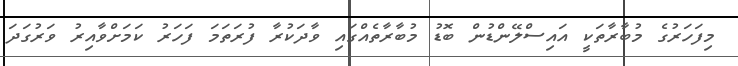
މިފަހަރުގެ މުބާރާތަކީ އައިސްލޭންޑުން ބޮޑު މުބާރާތެއްގައި ވާދަކުރާ ފުރަތަމަ ފަހަރު ކަމަށްވާއިރު ވަރުގަދަ